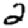
Digit: 2